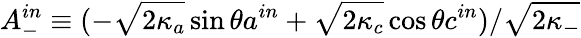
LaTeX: A_{-}^{in}\equiv(-\sqrt[]{2\kappa_{a}}\sin\theta a^{in}+\sqrt[]{2\kappa_{c}}\cos\theta c^{in})/\sqrt[]{2\kappa_{-}}